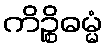
ကိဉ္စိဓမ္မံ